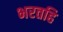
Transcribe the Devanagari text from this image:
भरतहि